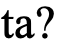
ta?